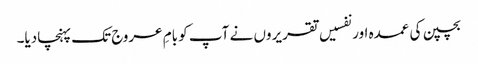
بچپن کی عمدہ اور نفسیں تقریروں نے آپ کو بامِ عروج تک پہنچادیا۔